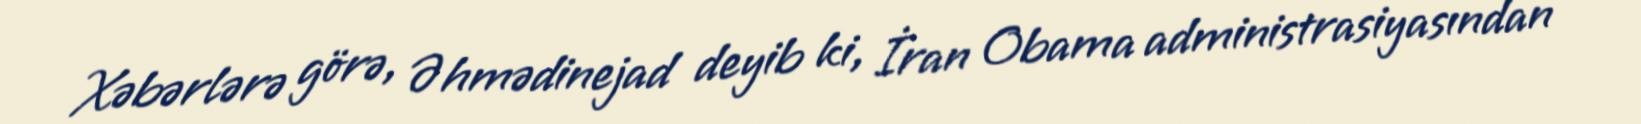
Xəbərlərə görə, Əhmədinejad deyib ki, İran Obama administrasiyasından